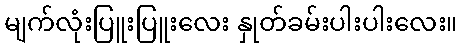
မျက်လုံးပြူးပြူးလေး နှုတ်ခမ်းပါးပါးလေး။